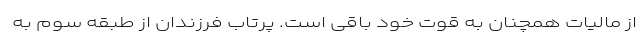
از مالیات همچنان به قوت خود باقی است. پرتاب فرزندان از طبقه سوم به